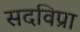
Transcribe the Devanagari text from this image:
सदविप्रा